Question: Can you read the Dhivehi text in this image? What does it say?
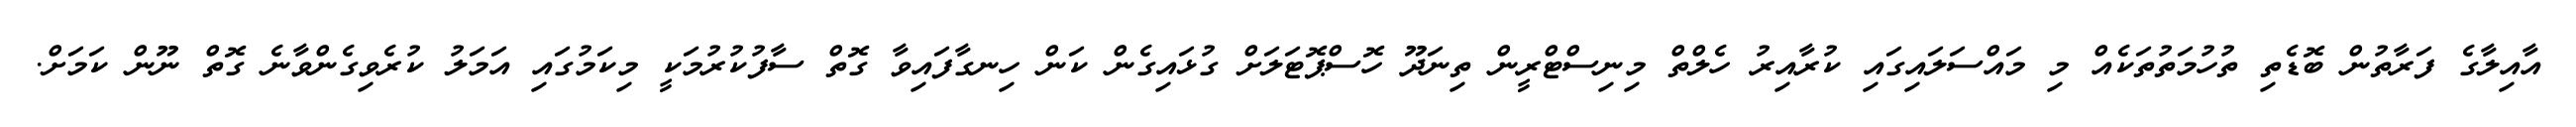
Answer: އާއިލާގެ ފަރާތުން ބޮޑެތި ތުހުމަތުތަކެއް މި މައްސަލައިގައި ކުރާއިރު ހެލްތް މިނިސްޓްރީން ތިނަދޫ ހޮސްޕޮޓަލަށް ގުޅައިގެން ކަން ހިނގާފައިވާ ގޮތް ސާފުކުރުމަކީ މިކަމުގައި އަމަލު ކުރެވިގެންވާނެ ގޮތް ނޫން ކަމަށް.